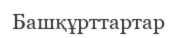
Башқұрттартар